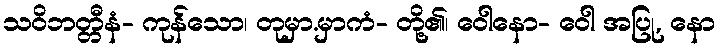
သဝိဘတ္တီနံ- ကုန်သော၊ တုမှာ.မှာကံ- တို့၏၊ ဝေါနော- ဝေါ အပြု, နော